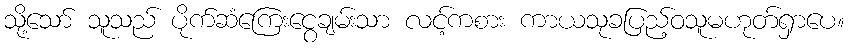
သို့သော် သူသည် ပိုက်ဆံကြေးငွေချမ်းသာ လင့်ကစား ကာယသုခပြည့်ဝသူမဟုတ်ရှာပေ။